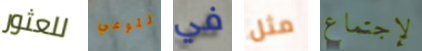
للعثور للوعي في مثل لإجتماع